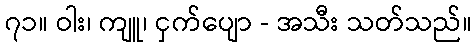
၇၁။ ဝါး၊ ကျူ၊ ငှက်ပျော - အသီး သတ်သည်။